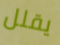
يقلل